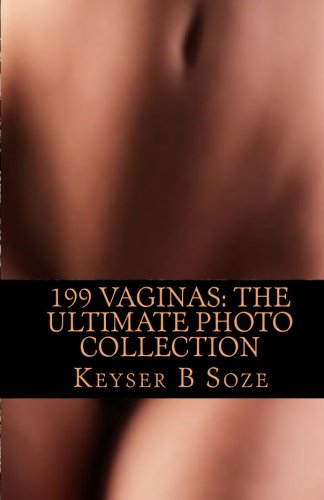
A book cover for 199 Vaginas: The Ultimate Photo Collection; Keyser B Soze; Arts & Photography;